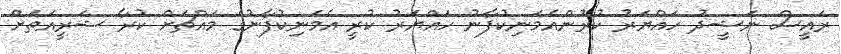
ރައީސް ނަޝީދު ހައްޔަރު ކުރުންއެމަނިކުފާނު ހައްޔަރު ކުރީ އެމަނިކުފާނުގެ މައްޗަށް ކުރާ ޝަރީއަތަށް